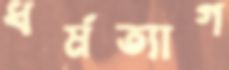
ধর্মত্যাগ